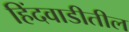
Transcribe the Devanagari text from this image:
हिंदवाडीतील